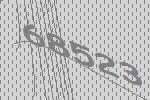
68523